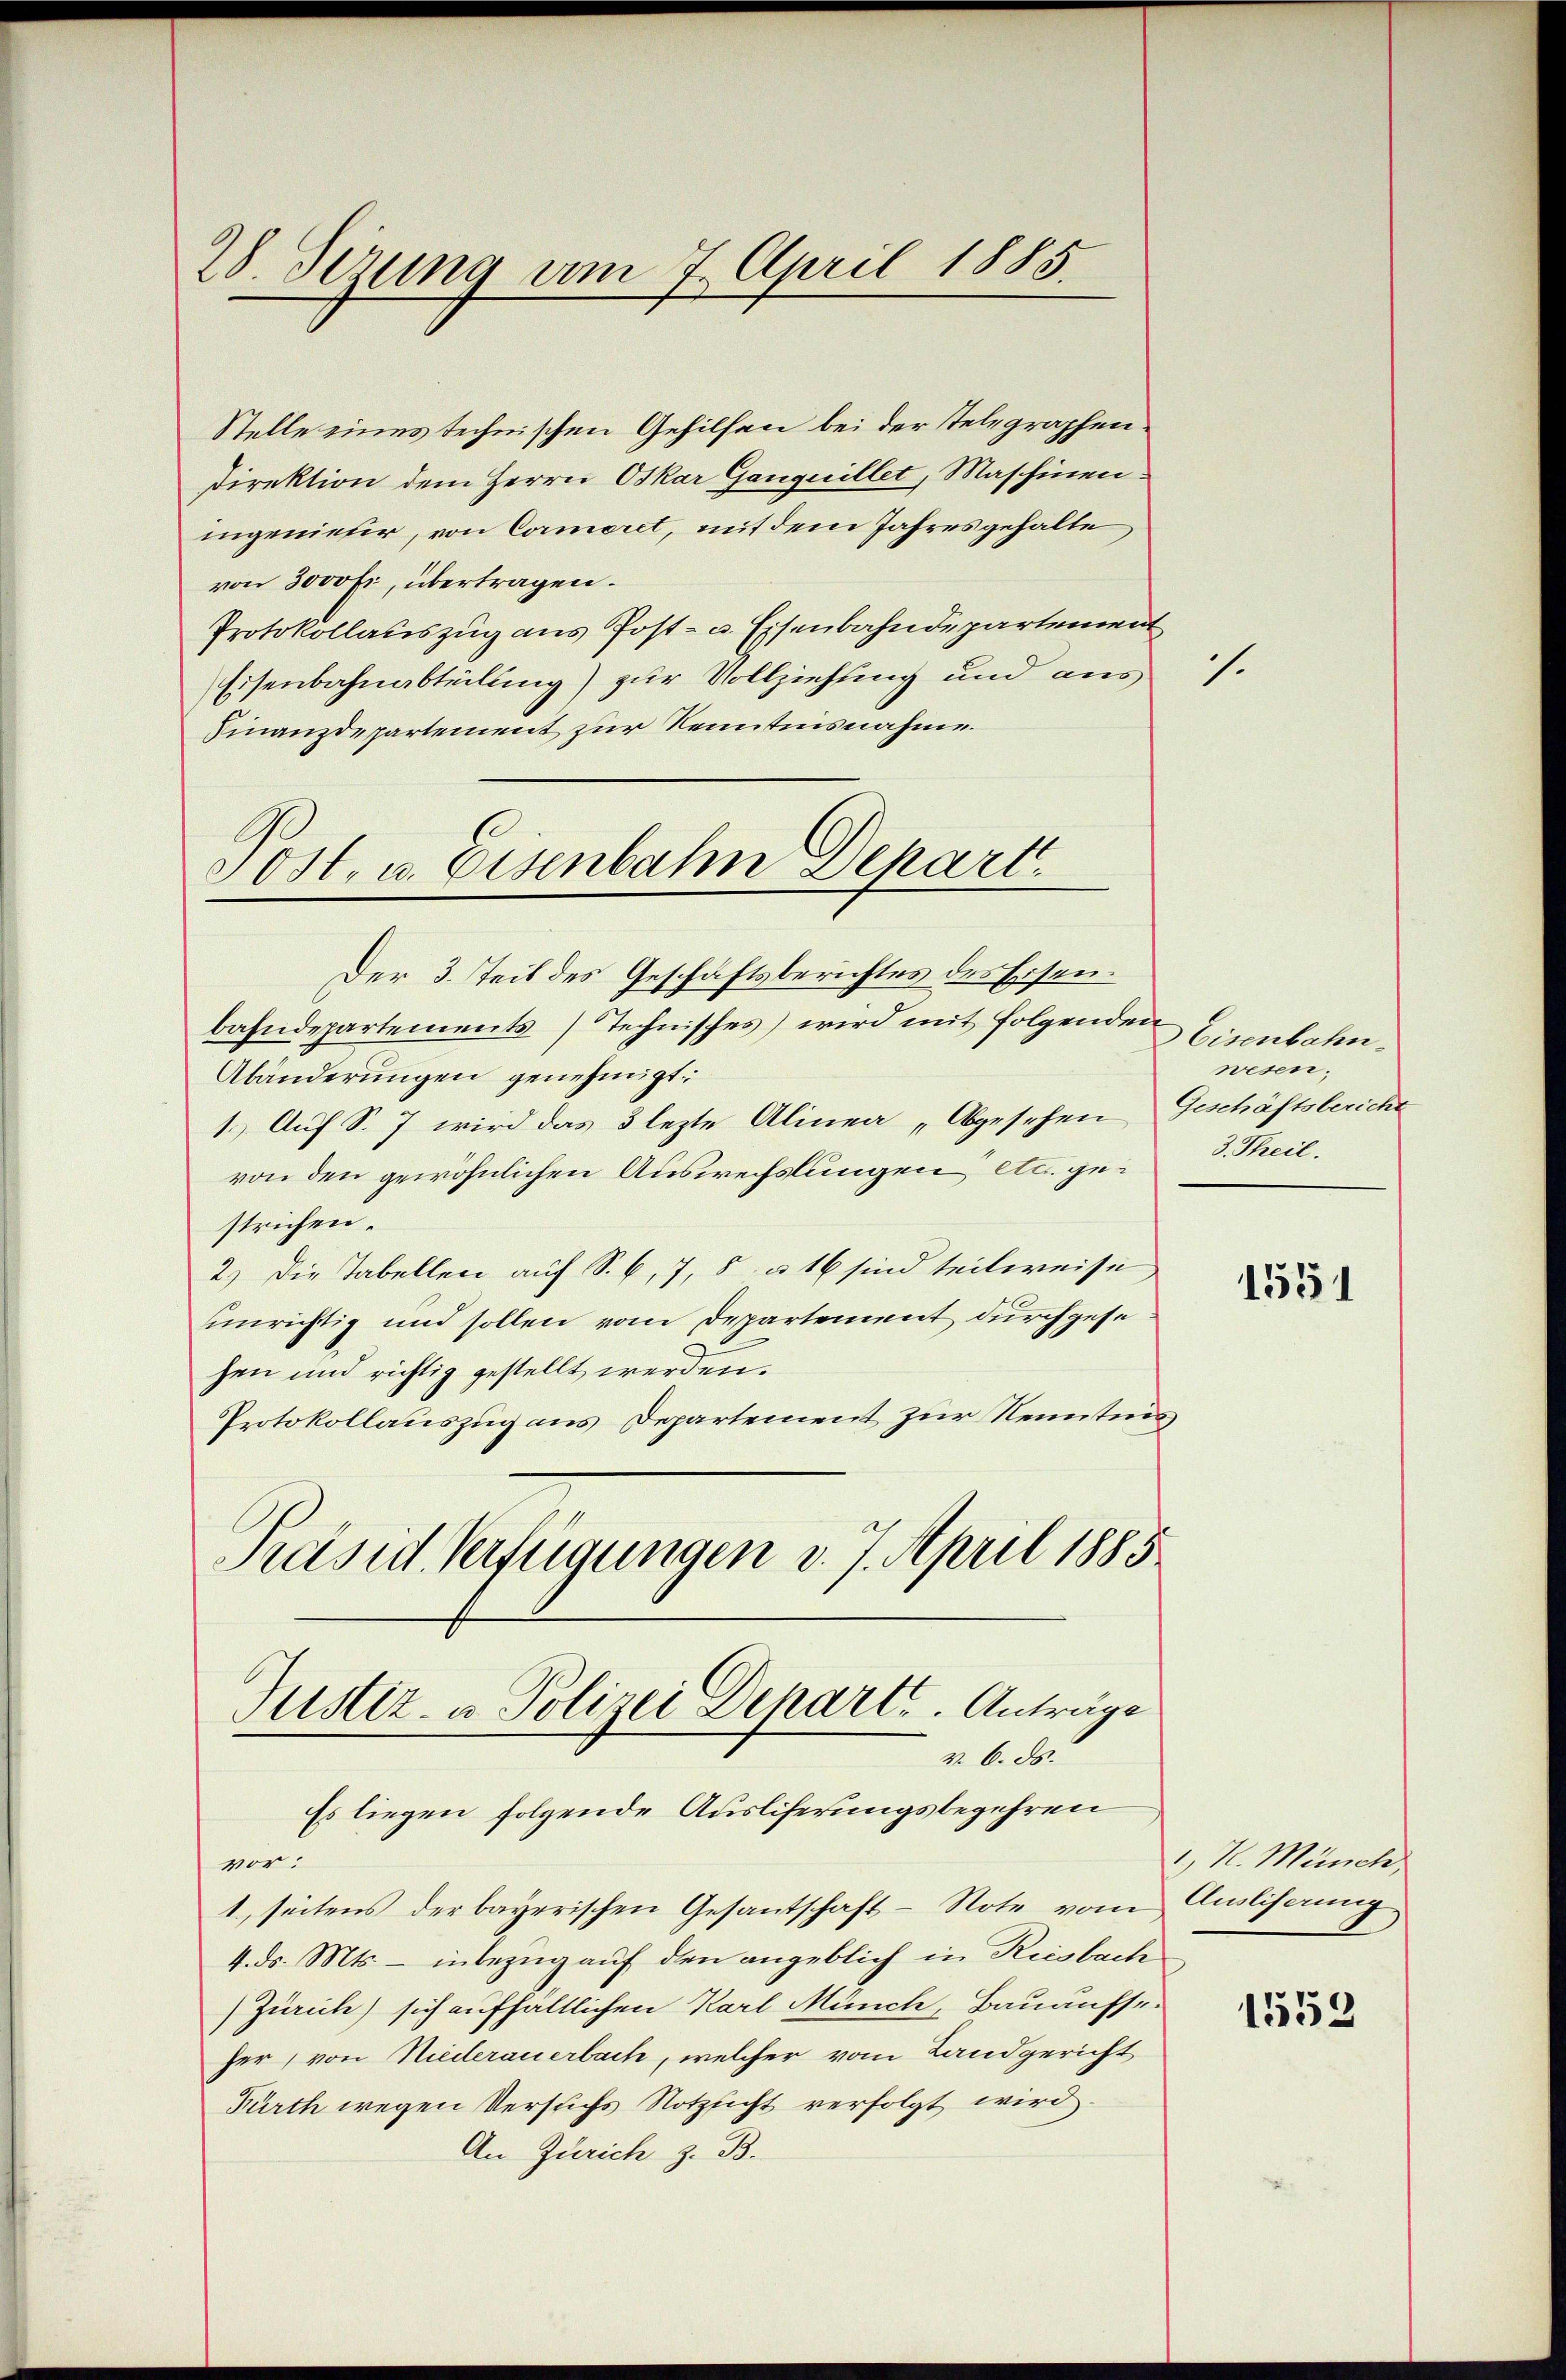
28 Sezung am 7. April 1885

Stelle eines technischen Gehilfen bei der stelegraphendirektion dem Herrn Oskar Ganquillet, Maschineningenieser, von Commoret, mit dem Jahresgehalte
von 3000 fr, übertragen.
Protokollauszug aus Post- u. Eisenbahndepartement
Eisenbahnabteilung) zur Vollziehung und aus
Finanzdepartement zur Kenntnisnahme.

Jost, u. Eisenbahn Depart.
Der 3. Teil des Geschäftsberichtes des Eisen.

Justiz- & Polizei Departe. Anträge
v. 6. ds.

Es liegen folgende Ausliferungsbegehren
vor:
1, seitens der bayerischen Gesantschaft - Note vom Ausliserung
4. ds. Mts. - inbezug auf den angeblich in Riesbach
(Zürich) sich aufhaltlichen Karl Münch, Bauaufse
her, von Niederauerbach, welcher vom Landgericht
Fürth wegen Versuchs Notzsicht verfolgt wird.
An Zürich z. B.

bahndepartements) Technisches) wird mit folgenden
Abänderungen genehmigt.
1.) Auf S. 7 wird das 3 lezte Alinea „Abgesehen Geschäftsbericht
von den gewöhnlichen Auswechslungen etc. ge-J. Theil.
strichen.
2.) Die Tabellen auf S. 6, 7, 8 § 16 sind teilweise,
unrichtig und sollen vom Departement durchgese
hen und richtig gestellt werden.
Protokollauszug aus Departement zur Neunting
Präsid. Verfügungen v. 7. April 1885

.

Eisenbahn
wesen.

1531

1) H. Münch,

1559